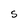
Character: S